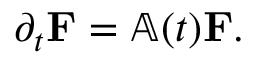
\begin{array} { r } { \partial _ { t } \mathbf { F } = \mathbb { A } ( t ) \mathbf { F } . } \end{array}